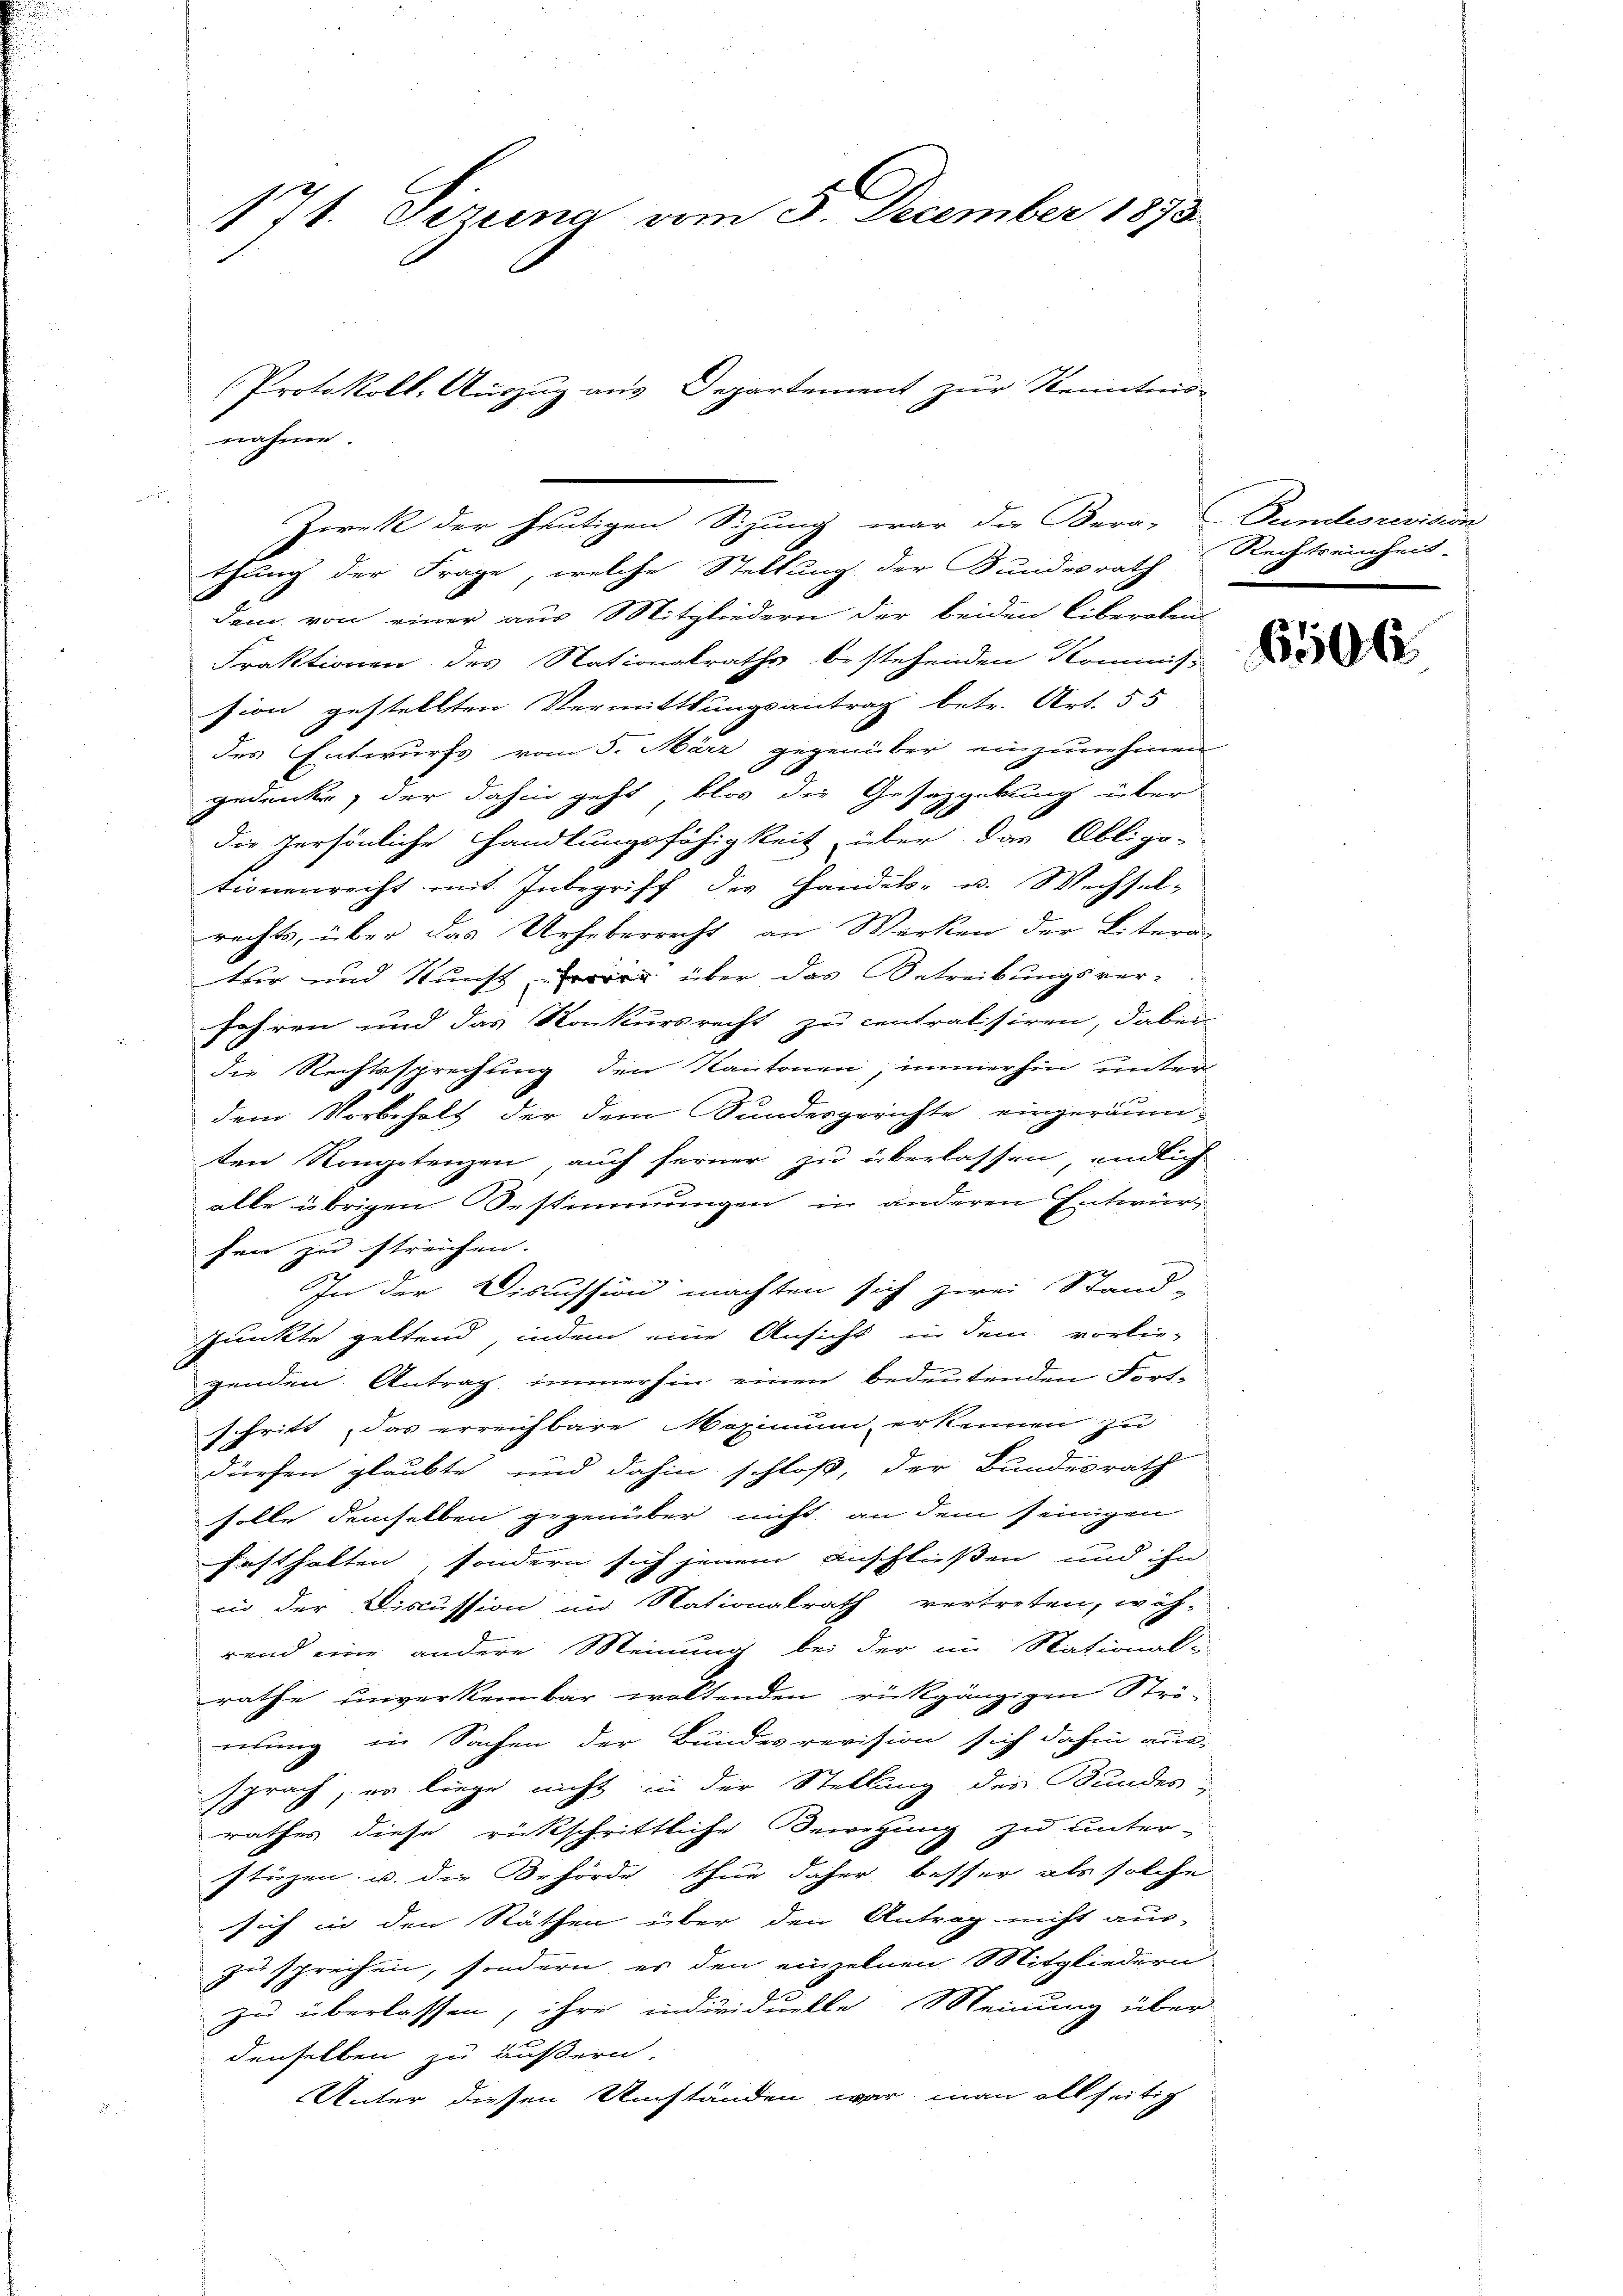
171. Serena vom 3. December 1873
Protokoll, Auszug aus Departement zur Kenntnis-

e
thung der Frage, welche Stellung der Bundesrath
dem von einer aus Mitgliedern der beiden liberoten-
Fraktionen des Nationalrathe bestehenden Kommiss
sion gestellten Vermittlungsantrag betr. Art. 55
des Entwurfs vom 5. März gegenüber einzunehmen
gedenke, der dahin geht, blos die Gesetzgebung über
die Persönliche Handlungsfähigkeit über das Obligo-
tionenrecht mit Inbegriff der Handel- u. Wechsel-
rechts, über das Urheberrecht an Werken der Litern
ter und Kunst, er über das Betreibungsver-
Jahren und das Konkursrecht zu centralisiren, dabei
die Rechtssprechung den Kantonen, immerhin unter
dem Vorbehalt der dem Sandesgerichte eingeräumsten Kompetenzen auch ferner zu überlassen, endlich
alle übrigen Bestimmungen in anderen Entwurfen zu streichen.
In der Discussion machten sich zwei Stand-
spunkte geltend, indem eine Ansicht in dem vorlie-
genden Antrag immerhin einen bedeutenden Fortschritt das erreichbare Maximum erkennen zu
dürfen glaubte und dahin schloß, der Bundesrath
solle demselben gegenüber nicht an dem seinigen
Festhalten, sondern sich jenem Anschließen und ihn
in der Discussion im Nationalrath vertreten, wäh-
rend eine andere Meinung bei der im Stational-
rathe unverkenbar woltenden rückgängigen Strö-
ertung in Sachen der Bundesrevision sich dahin aus-
sprach, er liege nicht in der Stellung des Bundes-
rathes diese rückschrittliche Bewegung zu unter
stüzen u. die Behörde thue daher besser als solche
sich in den Räthen über den Antrag nicht aus-
zu sprechen, sondern es den einzelnen Mitgliedern
zu überlassen, ihre individuelle Meinung über-
denselben zu äußern,
Unter diesen Umständen war man allseitig

nahme.

Zweck der heutigen Sizung war die Bera-Bundesrevidon

Rechtseinheit.

6506